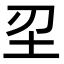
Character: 𡉔